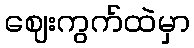
ဈေးကွက်ထဲမှာ